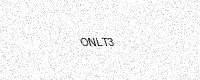
Text: ONLT3